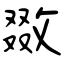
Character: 敪